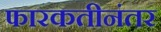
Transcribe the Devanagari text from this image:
फारकतीनंतर